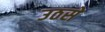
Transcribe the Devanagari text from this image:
उठसे